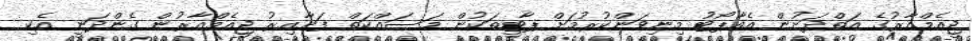
ޖީއެމްއާރުގެ އަތްދަށުން އެއާޕޯޓު މިނިވަންކުރުމަށް ޕާޓީތަކުން މަސައްކަތް ފަށާއިރު ޖީއެމްއާރުން ގެންދަނީ އެކި